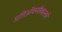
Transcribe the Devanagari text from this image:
प्रतिऑक्सीकारकों